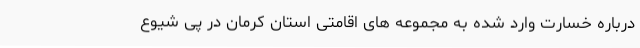
درباره خسارت وارد شده به مجموعه های اقامتی استان کرمان در پی شیوع